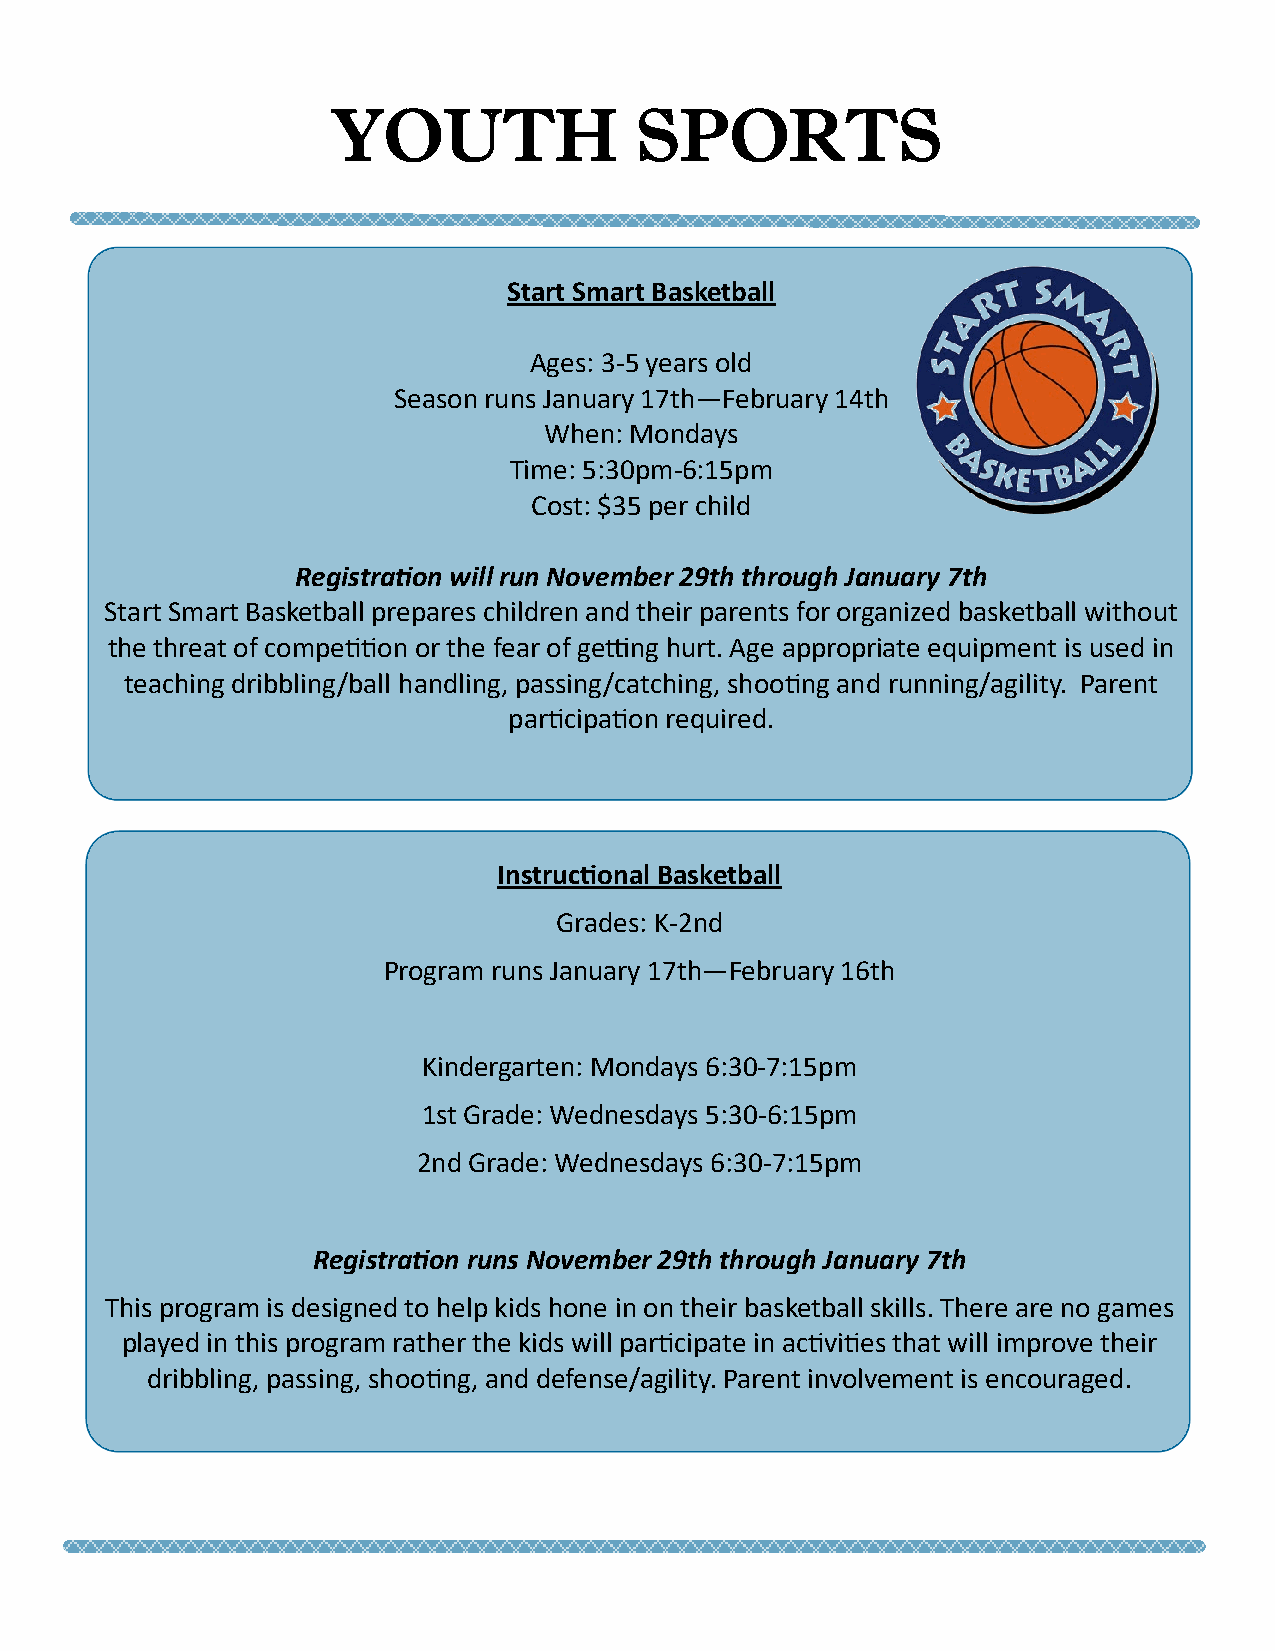
YOUTH               SPORTS
 Start Smart Basketball
 Ages: 3-5 years old
 Season runs January 17th—February 14th
 When: Mondays
 Time: 5:30pm-6:15pm
 Cost: $35 per child
 Registration will run November 29th through January 7th
 Start Smart Basketball prepares children and their parents for organized basketball without
 the threat of competition or the fear of getting hurt. Age appropriate equipment is used in
 teaching dribbling/ball handling, passing/catching, shooting and running/agility. Parent
 participation required.
 Instructional Basketball
 Grades: K-2nd
 Program runs January 17th—February 16th
 Kindergarten: Mondays 6:30-7:15pm
 1st Grade: Wednesdays 5:30-6:15pm
 2nd Grade: Wednesdays 6:30-7:15pm
 Registration runs November 29th through January 7th
 This program is designed to help kids hone in on their basketball skills. There are no games
 played in this program rather the kids will participate in activities that will improve their
 dribbling, passing, shooting, and defense/agility. Parent involvement is encouraged.